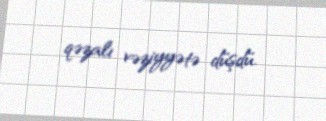
qəzalı vəziyyətə düşdü.